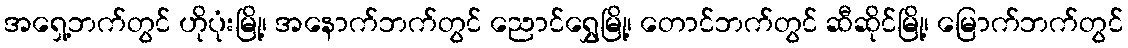
အရှေ့ဘက်တွင် ဟိုပုံးမြို့၊ အနောက်ဘက်တွင် ညောင်ရွှေမြို့၊ တောင်ဘက်တွင် ဆီဆိုင်မြို့၊ မြောက်ဘက်တွင်